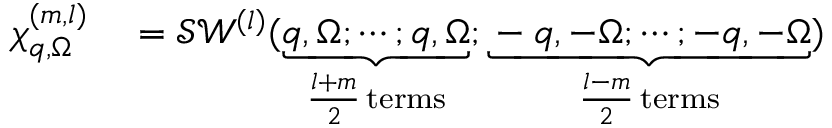
\begin{array} { r l } { \chi _ { \boldsymbol { q } , \Omega } ^ { ( m , l ) } } & { { } = \mathcal { S } \mathscr { W } ^ { ( l ) } ( \underbrace { \boldsymbol { q } , \Omega ; \cdots ; \boldsymbol { q } , \Omega } _ { \frac { l + m } { 2 } \, \mathrm { t e r m s } } ; \underbrace { - \boldsymbol { q } , - \Omega ; \cdots ; - \boldsymbol { q } , - \Omega } _ { \frac { l - m } { 2 } \, \mathrm { t e r m s } } ) } \end{array}